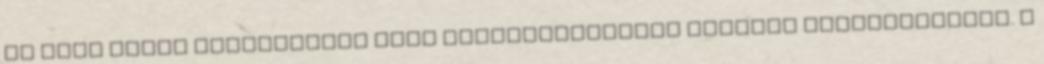
az ingó dolog gyártójával vagy forgalmazójával szemben gyakorolhatja. A